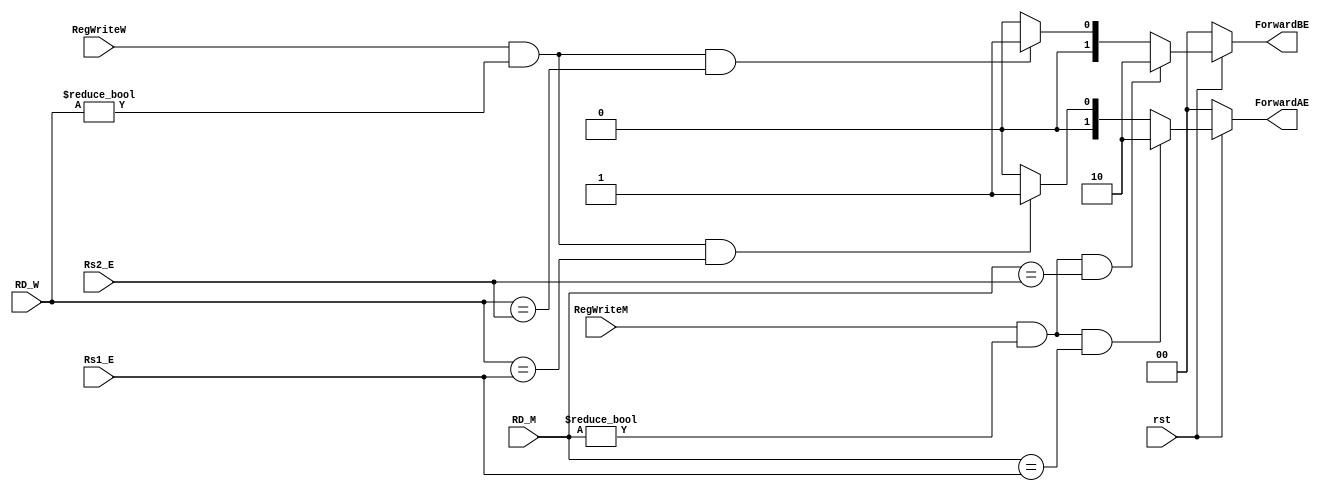
module hazard_unit(rst, RegWriteM, RegWriteW, RD_M, RD_W, Rs1_E, Rs2_E, ForwardAE, ForwardBE);

    // declaration of input and output
    input rst, RegWriteM, RegWriteW;
    input [4:0] RD_M, RD_W, Rs1_E, Rs2_E;
    output [1:0] ForwardAE, ForwardBE;

    assign ForwardAE = (rst == 1'b0) ? 2'b00 : 
                       ((RegWriteM == 1'b1) & (RD_M != 5'h00) & (RD_M == Rs1_E)) ? 2'b10 :
                       ((RegWriteW == 1'b1) & (RD_W != 5'h00) & (RD_W == Rs1_E)) ? 2'b01 : 2'b00; 

    assign ForwardBE = (rst == 1'b0) ? 2'b00 :
                       ((RegWriteM == 1'b1) & (RD_M != 5'h00) & (RD_M == Rs2_E)) ? 2'b10 :
                       ((RegWriteW == 1'b1) & (RD_W != 5'h00) & (RD_W == Rs2_E)) ? 2'b01 : 2'b00;

endmodule